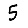
Digit: 5